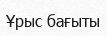
Ұрыс бағыты